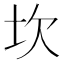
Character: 坎